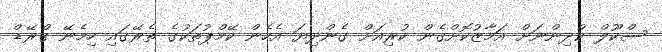
ސްކޫލް ކުދިންނަށް އަމާޒުކޮށްގެން ކުރިއަށް ގެންދިޔަ އެހެން ކޭމްޕުތަކުގެ ތެރޭގައި ހިމެނޭ ގްރޭޑް